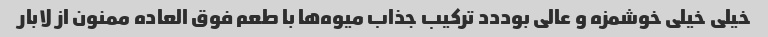
خیلی خیلی خوشمزه و عالی بوددد ترکیب جذاب میوه‌ها با طعم فوق العاده ممنون از لابار